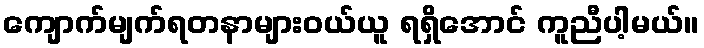
ကျောက်မျက်ရတနာများဝယ်ယူ ရရှိအောင် ကူညီပါ့မယ်။